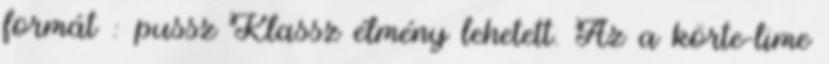
formát : pussz Klassz élmény lehetett. Az a körte-lime